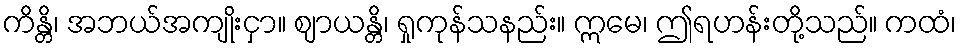
ကိန္တိ၊ အဘယ်အကျိုးငှာ။ ဈာယန္တိ၊ ရှုကုန်သနည်း။ ဣမေ၊ ဤရဟန်းတို့သည်။ ကထံ၊